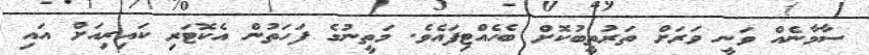
ސާމާނެއް ވަނީ ވަރަށް ތަރުތީބުކޮށް ބެހެއްޓިފައެވެ. މަތީނުގެ ފަހަތުން އެކޮޓަރި ކައިރިއަށް އައި